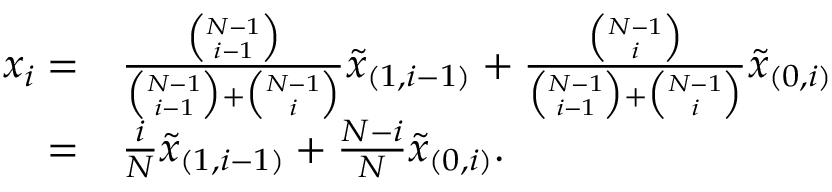
\begin{array} { r l } { x _ { i } = } & { \frac { \binom { N - 1 } { i - 1 } } { \binom { N - 1 } { i - 1 } + \binom { N - 1 } { i } } \tilde { x } _ { ( 1 , i - 1 ) } + \frac { \binom { N - 1 } { i } } { \binom { N - 1 } { i - 1 } + \binom { N - 1 } { i } } \tilde { x } _ { ( 0 , i ) } } \\ { = } & { \frac { i } { N } \tilde { x } _ { ( 1 , i - 1 ) } + \frac { N - i } { N } \tilde { x } _ { ( 0 , i ) } . } \end{array}